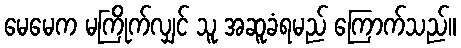
မေမေက မကြိုက်လျှင် သူ အဆူခံရမည် ကြောက်သည်။